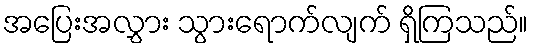
အပြေးအလွှား သွားရောက်လျက် ရှိကြသည်။